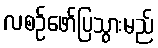
လစဉ်ဖော်ပြသွားမည်